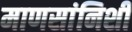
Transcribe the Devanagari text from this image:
माणसांनिशी